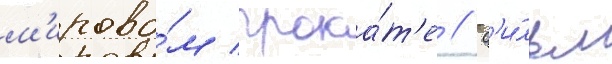
м'ирово́м прока́т'е // Ф'и́льм